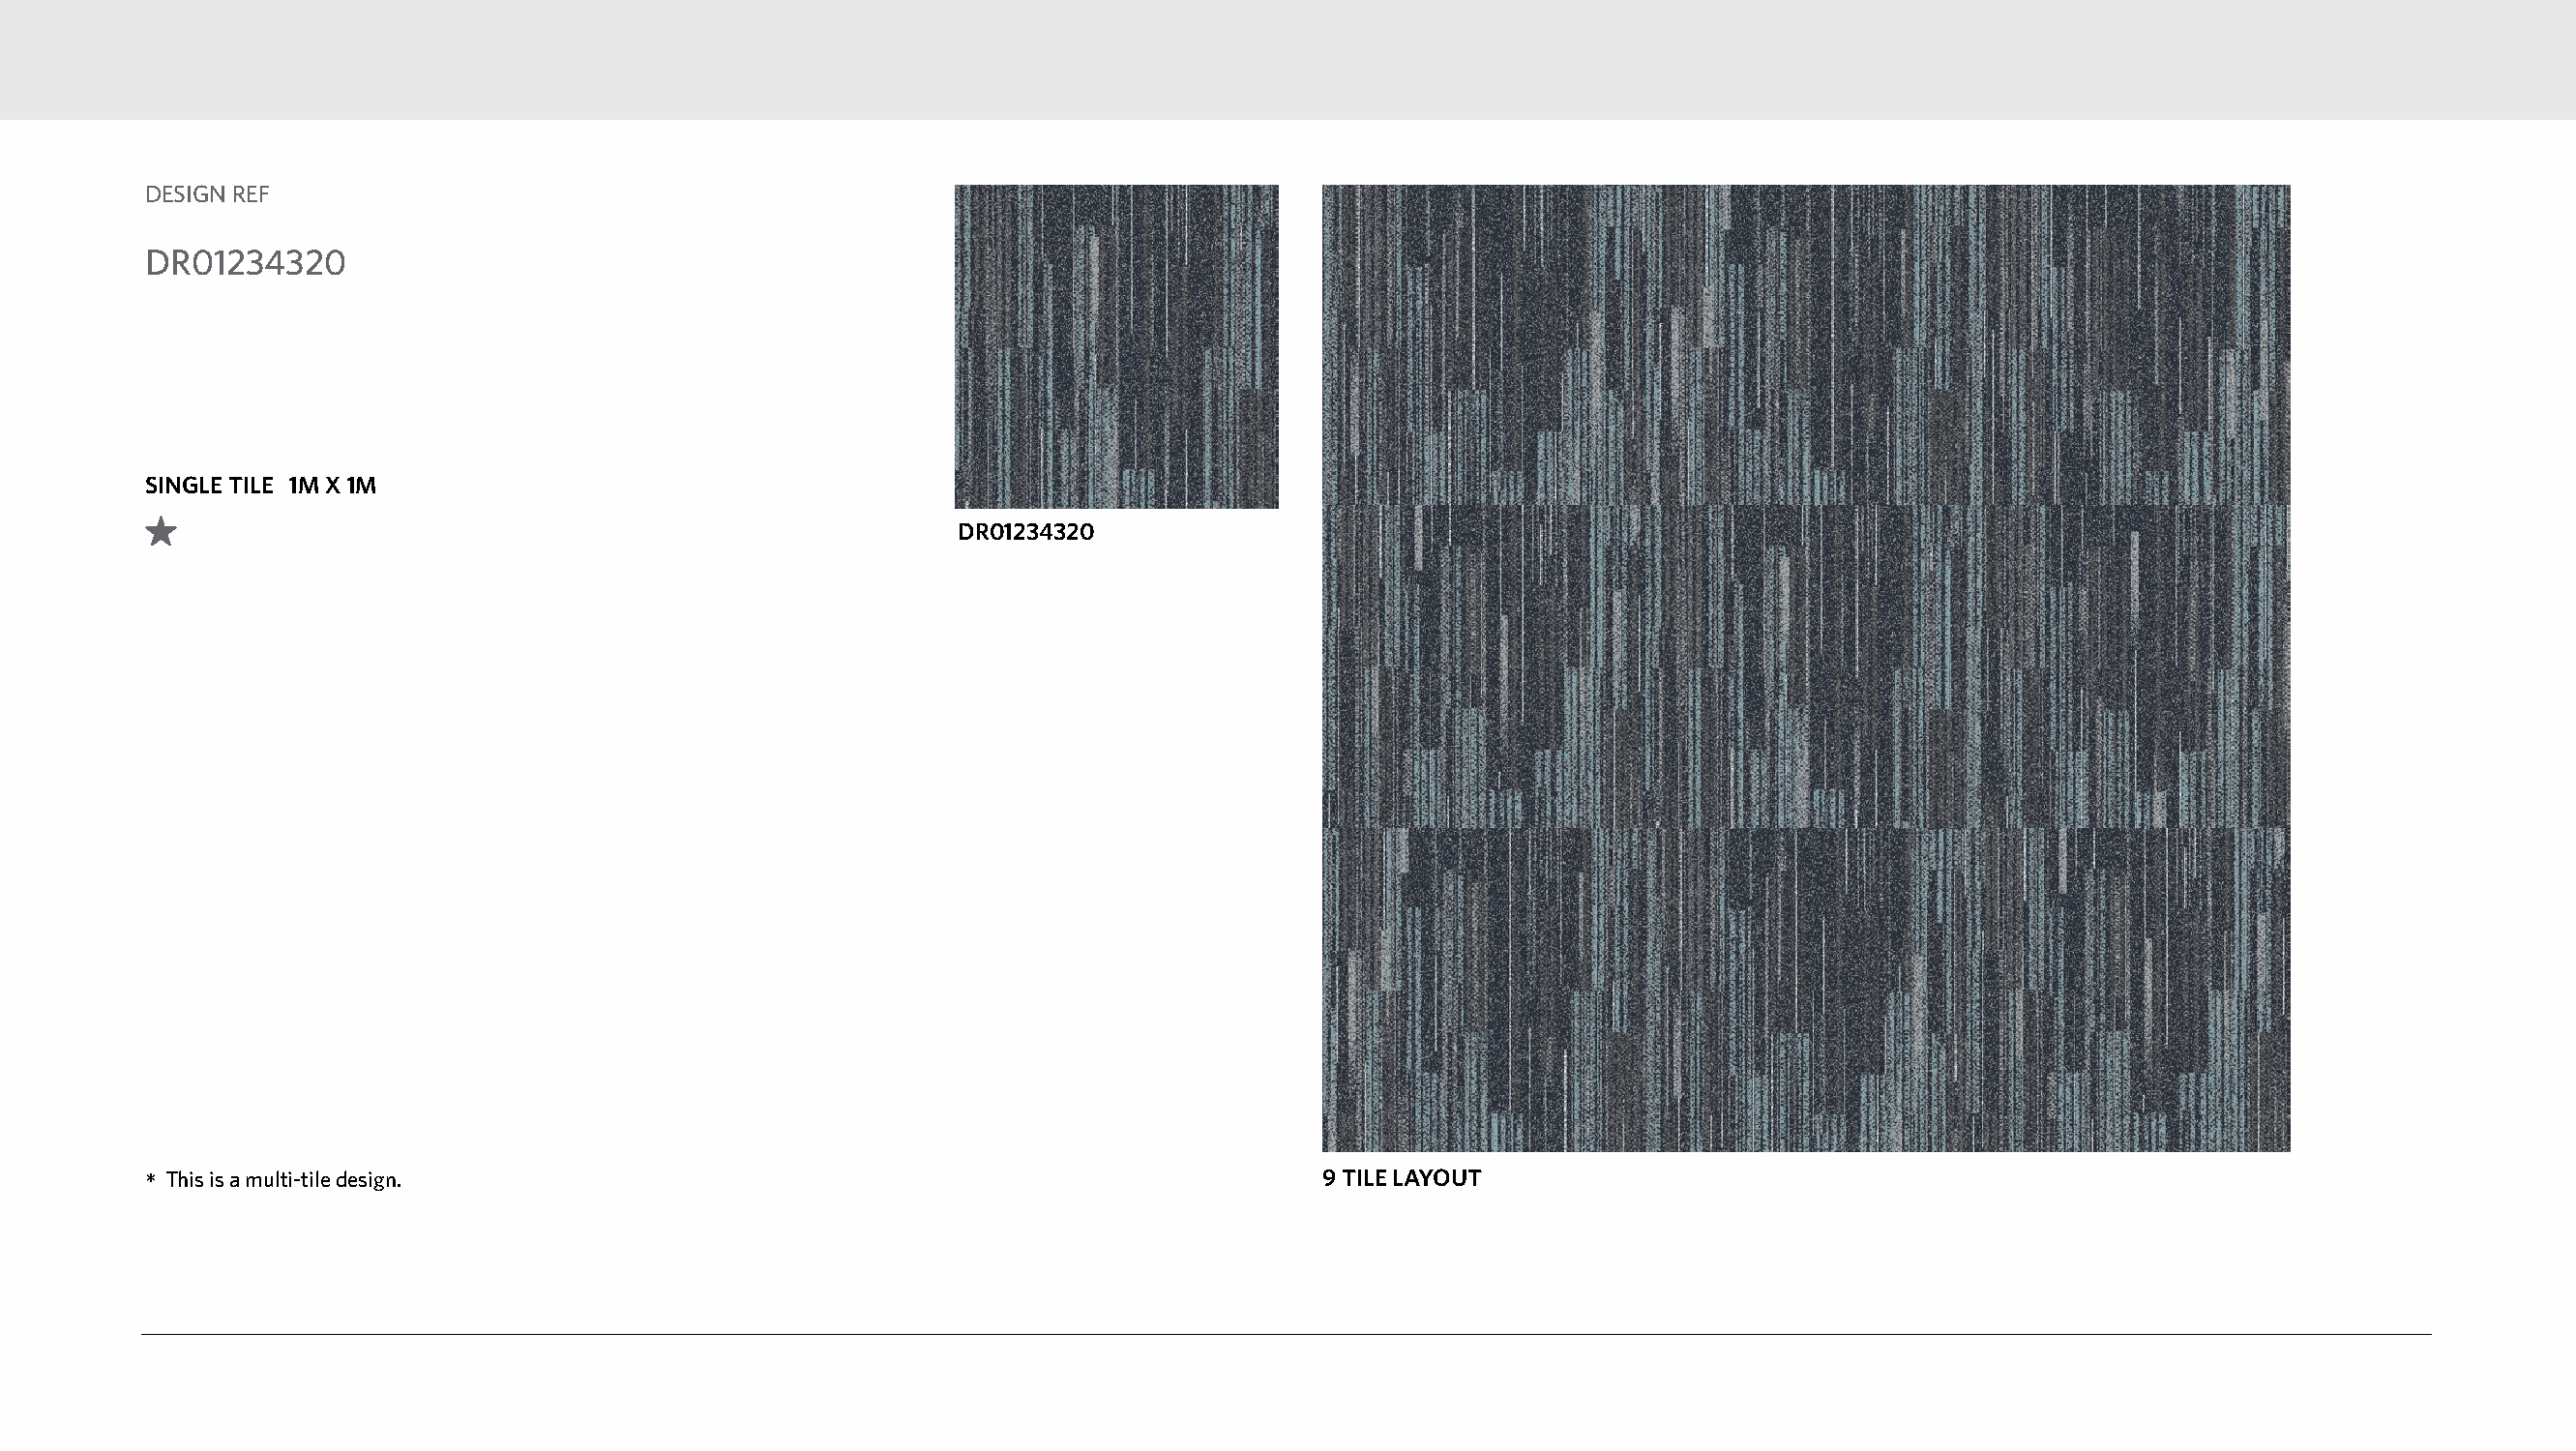
DESIGN REF
 DR01234320
 SINGLE TILE 1M X 1M
 DR01234320
 *This is a multi-tile design.                                                    9 TILE LAYOUT